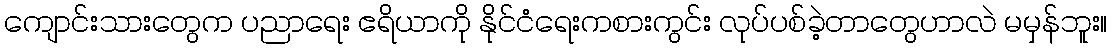
ကျောင်းသားတွေက ပညာရေး ဧရိယာကို နိုင်ငံရေးကစားကွင်း လုပ်ပစ်ခဲ့တာတွေဟာလဲ မမှန်ဘူး။